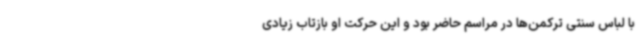
با لباس سنتی ترکمن‌ها در مراسم حاضر بود و این حرکت او بازتاب زیادی